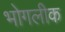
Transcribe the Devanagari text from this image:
भोगलीक